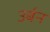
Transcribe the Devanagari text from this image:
उर्बन